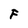
Character: F